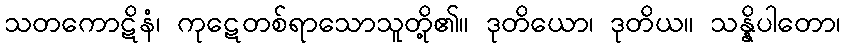
သတကောဋိနံ၊ ကုဋေတစ်ရာသောသူတို့၏။ ဒုတိယော၊ ဒုတိယ။ သန္နိပါတော၊